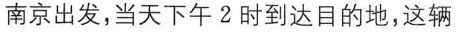
南京出发，当天下午2时到达目的地，这辆